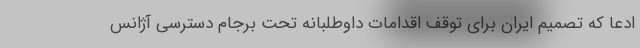
ادعا که تصمیم ایران برای توقف اقدامات داوطلبانه تحت برجام دسترسی آژانس